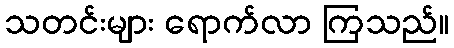
သတင်းများ ရောက်လာ ကြသည်။